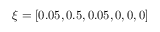
\xi = [ 0 . 0 5 , 0 . 5 , 0 . 0 5 , 0 , 0 , 0 ]